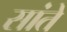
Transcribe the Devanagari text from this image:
सांते